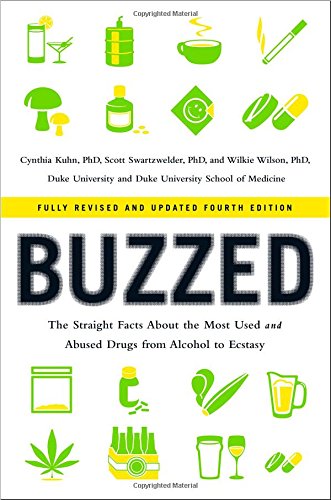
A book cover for Buzzed: The Straight Facts About the Most Used and Abused Drugs from Alcohol to Ecstasy (Fully Revised and Updated Fourth Edition); Cynthia Kuhn; Education & Teaching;